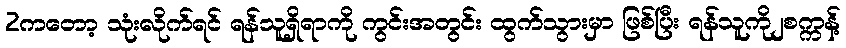
2ကတော့ သုံးလိုက်ရင် ရန်သူရှိရာကို ကွင်းအတွင်း ထွက်သွားမှာ ဖြစ်ပြီး ရန်သူကို၂စက္ကန့်